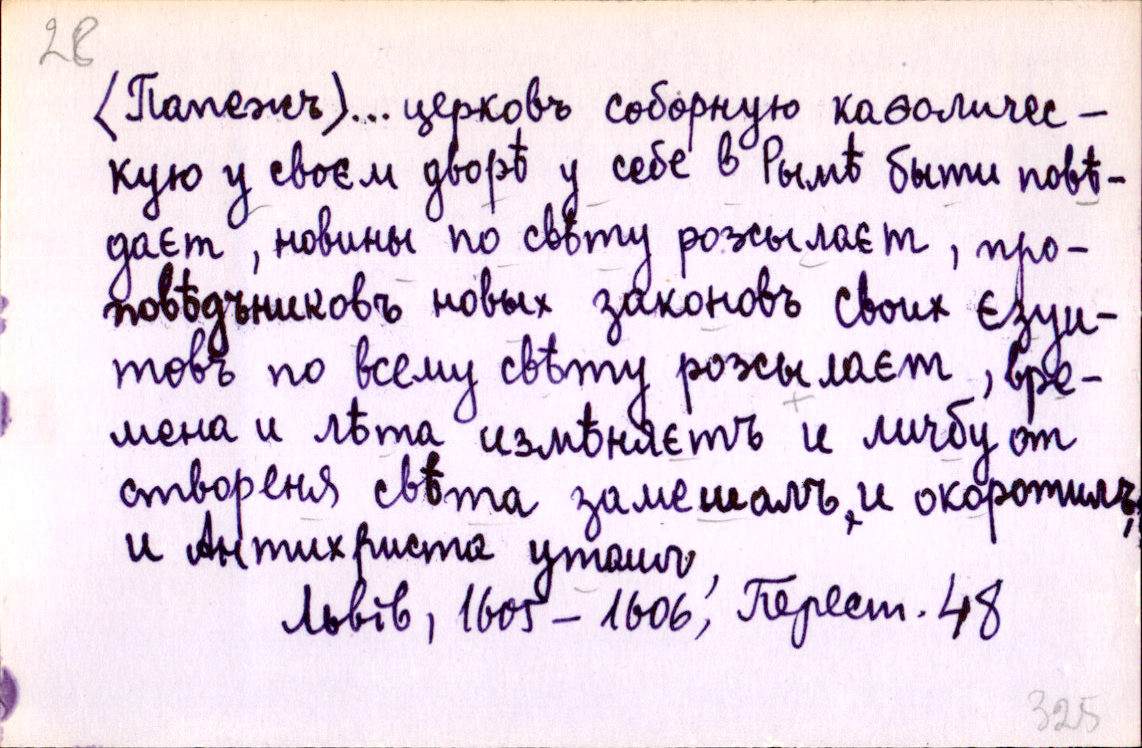
(Папежъ) ... церковъ соборную каѳоличес-
кую у своєм дворѣ у себе в Рымѣ быти повѣ-
даєт, новины по свѣту розсылаєт, про-
повѣдъниковъ новых законовъ своих єзуи-
товъ по всему свѣту розсылаєт, вре-
мена и лѣта измѣняєтъ и личбу от
створеня свѣта замешалъ и окоротилъ,
и Антихриста утаил,
Львів, 1605-1606, Перест. 48